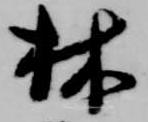
林